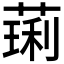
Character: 𫉋